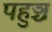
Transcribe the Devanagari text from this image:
पहुञ्च